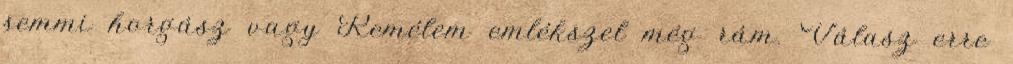
semmi horgász vagy Remélem emlékszel még rám. Válasz erre